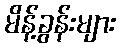
မိန့်ခွန်းများ